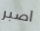
اصبر